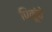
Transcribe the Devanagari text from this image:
पिकूंचे